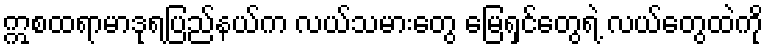
ဣစထရာမာဒုရပြည်နယ်က လယ်သမားတွေ မြေရှင်တွေရဲ့ လယ်တွေထဲကို